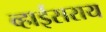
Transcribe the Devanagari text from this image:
व्हाईसराय